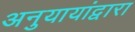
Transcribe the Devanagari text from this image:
अनुयायांद्वारा